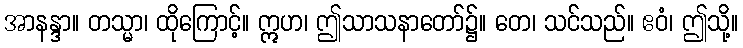
အာနန္ဒာ။ တသ္မာ၊ ထိုကြောင့်။ ဣဟ၊ ဤသာသနာတော်၌။ တေ၊ သင်သည်။ ဧဝံ၊ ဤသို့။